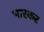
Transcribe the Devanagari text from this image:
भारकर